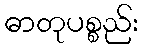
ဓာတုပစ္စည်း